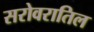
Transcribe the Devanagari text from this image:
सरोवरातिल